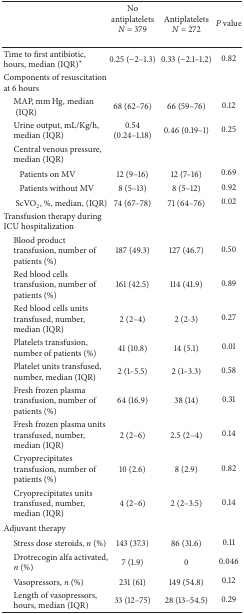
<table><thead><tr><td>[EMPTY_CELL]</td><td><b>No antiplatelets<i>N</i> = 379</b></td><td><b>Antiplatelets<i>N</i> = 272</b></td><td><b><i>P</i> value</b></td></tr></thead><tbody><tr><td>Time to first antibiotic, hours, median (IQR)*</td><td>0.25 (−2–1.3)</td><td>0.33 (−2.1–1.2)</td><td>0.82</td></tr><tr><td>Components of resuscitation at 6 hours</td><td>[EMPTY_CELL]</td><td>[EMPTY_CELL]</td><td>[EMPTY_CELL]</td></tr><tr><td> MAP, mm Hg, median (IQR)</td><td>68 (62–76)</td><td>66 (59–76)</td><td>0.12</td></tr><tr><td> Urine output, mL/Kg/h, median (IQR)</td><td>0.54 (0.24–1.18)</td><td>0.46 (0.19–1)</td><td>0.25</td></tr><tr><td> Central venous pressure, median (IQR)</td><td>[EMPTY_CELL]</td><td>[EMPTY_CELL]</td><td>[EMPTY_CELL]</td></tr><tr><td> Patients on MV</td><td>12 (9–16)</td><td>12 (7–16)</td><td>0.69</td></tr><tr><td> Patients without MV</td><td>8 (5–13)</td><td>8 (5–12)</td><td>0.92</td></tr><tr><td>ScVO<sub>2</sub>, %, median, (IQR)</td><td>74 (67–78)</td><td>71 (64–76)</td><td>0.02</td></tr><tr><td>Transfusion therapy during ICU hospitalization </td><td>[EMPTY_CELL]</td><td>[EMPTY_CELL]</td><td>[EMPTY_CELL]</td></tr><tr><td> Blood product transfusion, number of patients (%)</td><td>187 (49.3)</td><td>127 (46.7)</td><td>0.50</td></tr><tr><td> Red blood cells transfusion, number of patients (%)</td><td>161 (42.5)</td><td>114 (41.9)</td><td>0.89</td></tr><tr><td> Red blood cells units transfused, number, median (IQR)</td><td>2 (2–4)</td><td>2 (2-3)</td><td>0.27</td></tr><tr><td> Platelets transfusion, number of patients (%)</td><td>41 (10.8)</td><td>14 (5.1)</td><td>0.01</td></tr><tr><td> Platelet units transfused, number, median (IQR)</td><td>2 (1–5.5)</td><td>2 (1–3.3)</td><td>0.58</td></tr><tr><td> Fresh frozen plasma transfusion, number of patients (%)</td><td>64 (16.9)</td><td>38 (14)</td><td>0.31</td></tr><tr><td> Fresh frozen plasma units transfused, number, median (IQR)</td><td>2 (2–6)</td><td>2.5 (2–4)</td><td>0.14</td></tr><tr><td> Cryoprecipitates transfusion, number of patients (%)</td><td>10 (2.6)</td><td>8 (2.9)</td><td>0.82</td></tr><tr><td> Cryoprecipitates units transfused, number, median (IQR)</td><td>4 (2–6)</td><td>2 (2–3.5)</td><td>0.14</td></tr><tr><td>Adjuvant therapy</td><td>[EMPTY_CELL]</td><td>[EMPTY_CELL]</td><td>[EMPTY_CELL]</td></tr><tr><td> Stress dose steroids, <i>n</i> (%)</td><td>143 (37.3)</td><td>86 (31.6)</td><td>0.11</td></tr><tr><td> Drotrecogin alfa activated, <i>n</i> (%)</td><td>7 (1.9)</td><td>0</td><td>0.046</td></tr><tr><td> Vasopressors, <i>n</i> (%)</td><td>231 (61)</td><td>149 (54.8)</td><td>0.12</td></tr><tr><td> Length of vasopressors, hours, median (IQR)</td><td>33 (12–75)</td><td>28 (13–54.5)</td><td>0.29</td></tr></tbody></table>